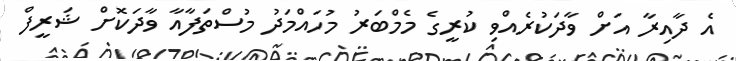
އެ ދާއިރާ އަށް ވާދަކުރެއްވި ކުރީގެ މެމްބަރު މުހައްމަދު މުސްތަފާއާ ވާދަކޮށް ޝަރީފް